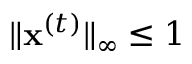
\| \mathbf { x } ^ { ( t ) } \| _ { \infty } \leq 1